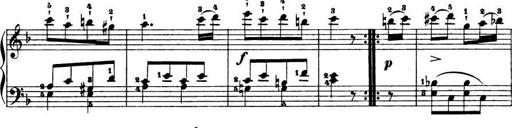
Title: Le bouquetier
Composer: Anton Diabelli
Key: G major
 C major
 F major
 C major